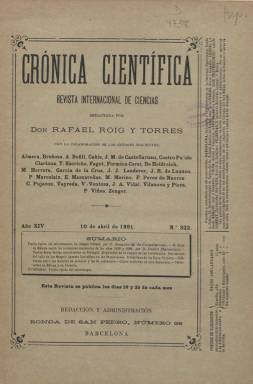
Título: Crónica científica
Colección: Ciencias
Ámbito geográfico: Barcelona
Lugar de publicación: Barcelona
Fechas: 10/04/1891-25/11/1891

“Revista internacional de ciencias”, que forma parte de las especializadas de esta naturaleza que contribuyeron al establecimiento progresivo de una ciencia española y unas élites científicas en el último tercio del siglo XIX. Su primera entrega corresponde al diez de enero de 1878 y prolongó su presencia hasta 1892. Fue fundada en Barcelona por el ingeniero y escritor Rafael Roig i Torres (1855-1931), que la dirigió y de la que era propietario, siendo prohombre de la patronal agrícola catalana y partidario del proteccionismo comercial (fue director de la Compañía General de Electricidad de Barcelona), y como publicista dirigió otras publicaciones del Instituto Catalán de San Isidro y fue colaborador de revistas francesas.

En entregas de 24 páginas, compuestas a una columna, y con foliación continuada anual, su colección la integran quince tomos. Lleva cubierta, en donde además de la cabecera, cuadro de colaboradores y sumario, inserta también anuncios comerciales de carácter bibliográfico e industrial. Elabora índices anuales tanto de autores como de materias, manteniendo una clara estructura de sus contenidos: matemáticas, astronomía, física, meteorología, química, historia natural, medicina o agricultura, así como crónicas y noticias varias, sobre bibliografía, necrología, academias y sociedades científicas, descubrimientos o acontecimientos científicos, entre otras, como fue dar cuenta del fallecimiento de Charles Darwin (1809-1882). No inserta grandes ilustraciones, pero sí figuras, esquemas, tablas, fórmulas, dibujos o algunos fotograbados.

Roig fue defensor de la modernización científica, como vía del crecimiento industrial, y su revista, que apareció los días 10 y 25 de cada mes, tuvo voluntad internacional, con centros de suscripciones en ciudades como Londres, Berlín, Viena, Atenas, San Petersburgo, La Habana o Manila, tal como se señala en su información administrativa, y en ella se publicarán traducidos trabajos de científicos extranjeros, especialmente franceses.

Entre los españoles que publicaron en sus páginas se encontraba el presbítero, teólogo y científico Jaume Almera i Comas (1845-1919), quien en 1883 dará cuenta de un descubrimiento paleontológico importante, el primer hallazgo de una mamífero fósil en Cataluña, como fue la presencia del Mamut en las riberas del Bajo Llobregat. Almera, junto a otros científicos asimismo católicos, como el geólogo y astrónomo antidarwinista José Joaquín Landerer (1841-1922), el arqueólogo y naturalista Artur Bofill i Poch (184?-1929) o el médico y paleontólogo Joan Vilanova i Piera (1821-1893), también expresarán en las páginas de la revista un discurso alternativo y conciliador entre ciencia y religión. Por su parte, el jesuita y biólogo Jaume Pujiula Dilmé (1869-1958), director del Laboratorio de Biología del Instituto Químico de Sarrià, publicará trabajos de zoología ilustrados con fotografías.

Además de los citados, otros destacados matemáticos escribieron también para esta revista, como es el caso del ingeniero Lauro Clariana i Ricart (1843-1913). Su lista de colaboradores es amplísima: el químico Eugenio Mascareñas Hernández (1853-1934), el ingeniero forestal Joaquín María de Castellarnau y Lleopart (1848-1943), el físico-matemático Federico Pérez de Nueros (1830-1917), Tomás Escriche y Mieg (1844-1935), Pedro Marcolaín San Juan, Manuel Herrera, Miguel Merino, Vicente Ventosa, J.R. de Luanco, J.A. Vidal, C. Pujazón, P. Viñes o Ch. V. Zenger, entre otros muchos.

La colección de este título en la Biblioteca Nacional de España sólo contiene tres números correspondientes al año 1891. A la colección completa se puede acceder a través de webs de otras instituciones.

Algunas referencias bibliográficas sobre la historia de la ciencia española son las de J. Sala Catalá, Joan Vernet y José Llombart Palet.